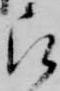
被